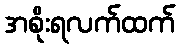
အစိုးရလက်ထက်